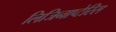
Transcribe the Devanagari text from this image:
लिजिनाप्टेरिस